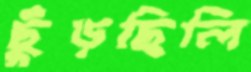
ছুঁড়ছিলি